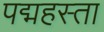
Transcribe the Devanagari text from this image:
पद्महस्ता